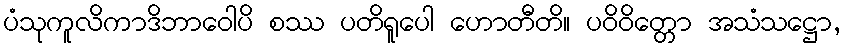
ပံသုကူလိကာဒိဘာဝေါပိ စဿ ပတိရူပေါ ဟောတီတိ။ ပဝိဝိတ္တော အသံသဋ္ဌော,